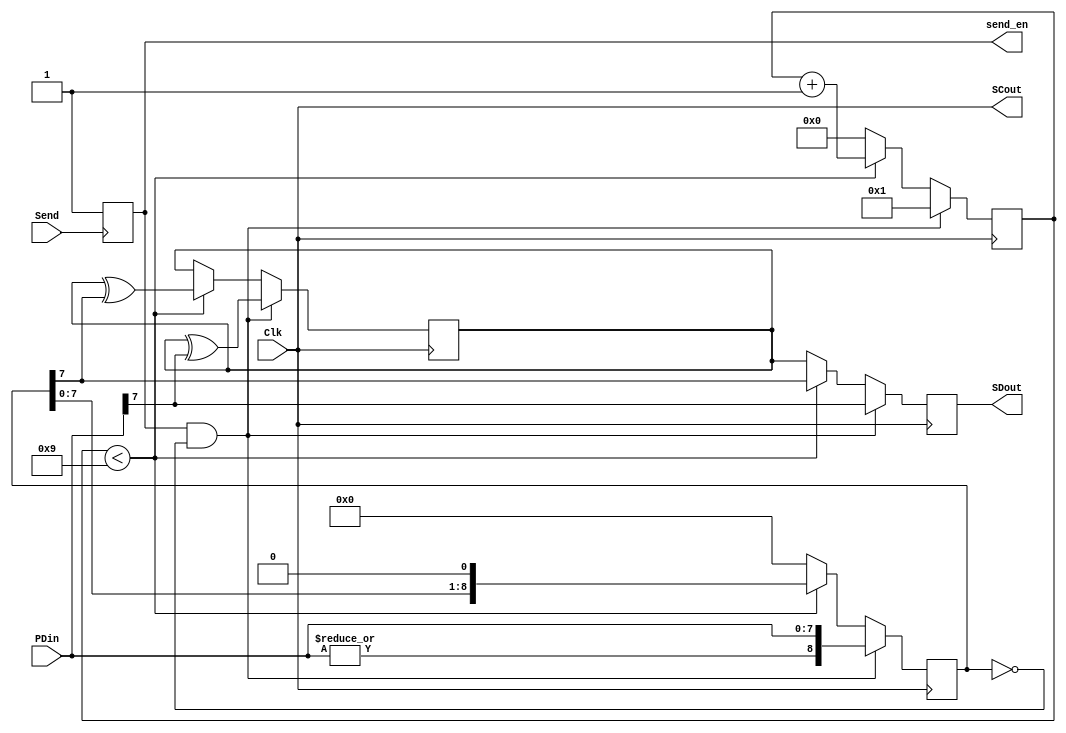
module Serial_Transmitter_Modified2 ( Clk, Send, PDin, SCout, SDout, send_en);

	input Clk, Send;
	input [7:0] PDin;
	
	output SCout;
	output SDout;
	
	output reg send_en;
	
	reg [8:0] temp;
	reg parr,out,delayed_send;
	reg [3:0] counter;
	
	
	
	
	always @ (posedge Send)	
	begin
		if(Send==1'b1)
			send_en<=1'b1;
		else 
			send_en<=send_en;
	end
		
	//assign send_en=(delayed_send) & ~(|counter);
		

		
	always @ (posedge Clk)
	begin
		
		if (send_en && temp==9'd0 )
		begin
			temp<={|PDin,PDin};
			
			out<=PDin[7];
			parr<=parr^PDin[7];
			counter<=4'd1;
			
		end
		
		else if(counter<4'd9)
		begin
			out<=temp[7];
			temp<={temp[7:0],1'b0};
			parr<=parr^temp[7];
			counter<=counter+1'd1;
			
		end
		
		else
		begin
			out<=parr;
			temp<=8'd0;
			counter<=4'd0;
		end
			


	end
	
	assign SDout=out;
	assign SCout=Clk;
	
endmodule